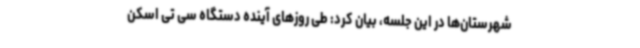
شهرستان‌ها در این جلسه، بیان کرد: طی روزهای آینده دستگاه سی تی اسکن